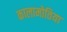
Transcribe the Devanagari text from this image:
कालामोतिया